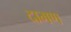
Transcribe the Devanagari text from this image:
दाभण